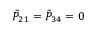
{ \tilde { P } } _ { 2 1 } = { \tilde { P } } _ { 3 4 } = 0